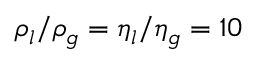
\rho _ { l } / \rho _ { g } = \eta _ { l } / \eta _ { g } = 1 0